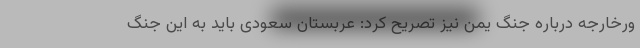
ورخارجه درباره جنگ یمن نیز تصریح کرد: عربستان سعودی باید به این جنگ